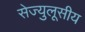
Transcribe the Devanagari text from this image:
सेज्युलूसीय